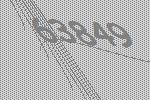
63849